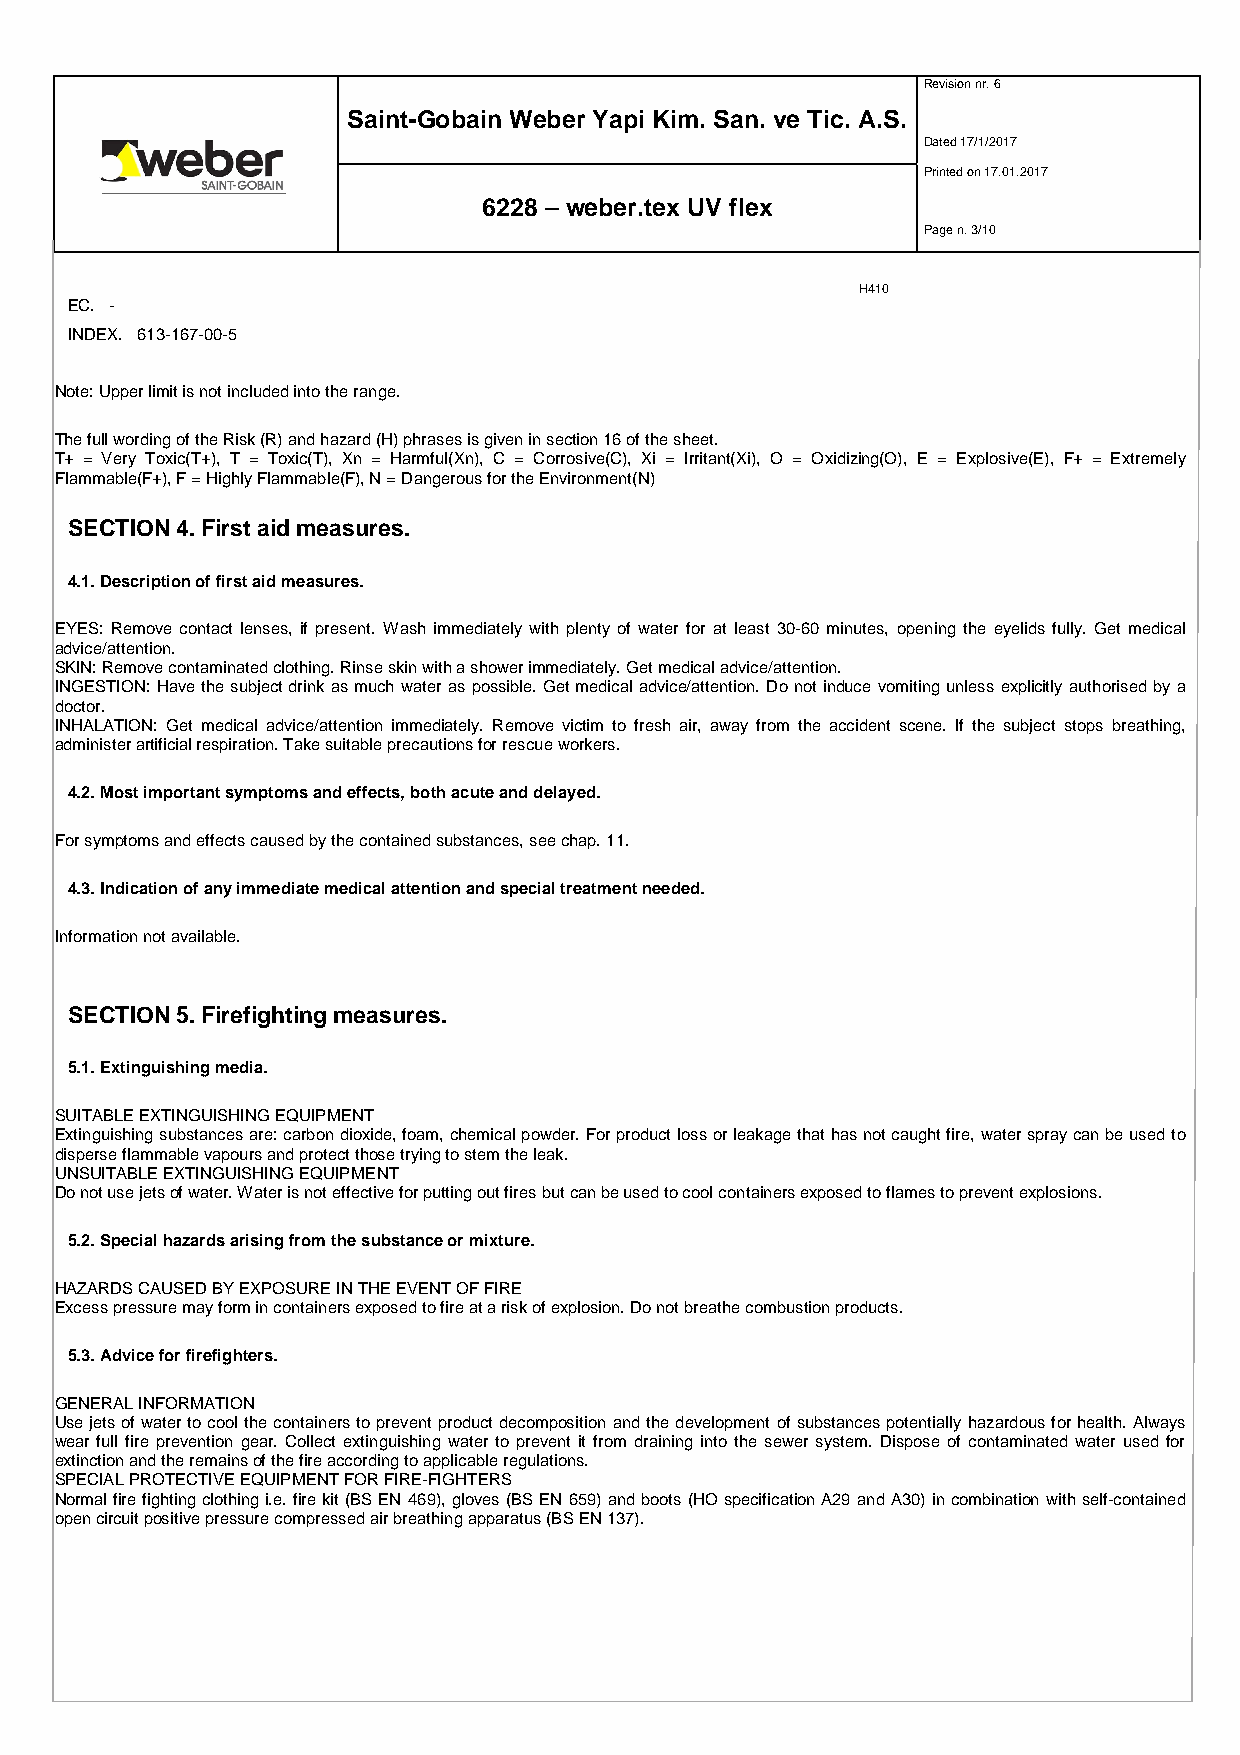
Revision nr. 6
 Saint-Gobain Weber Yapi Kim. San. ve Tic. A.S.
 Dated 17/1/2017
 Printed on 17.01.2017
 6228 – weber.tex UV flex
 Page n. 3/10
 H410
 EC. -
 INDEX. 613-167-00-5
 Note: Upper limit is not included into the range.
 The full wording of the Risk (R) and hazard (H) phrases is given in section 16 of the sheet.
 T+ = Very Toxic(T+), T = Toxic(T), Xn = Harmful(Xn), C = Corrosive(C), Xi = Irritant(Xi), O = Oxidizing(O), E = Explosive(E), F+ = Extremely
 Flammable(F+), F = Highly Flammable(F), N = Dangerous for the Environment(N)
 SECTION 4. First aid measures.
 4.1. Description of first aid measures.
 EYES: Remove contact lenses, if present. Wash immediately with plenty of water for at least 30-60 minutes, opening the eyelids fully. Get medical
 advice/attention.
 SKIN: Remove contaminated clothing. Rinse skin with a shower immediately. Get medical advice/attention.
 INGESTION: Have the subject drink as much water as possible. Get medical advice/attention. Do not induce vomiting unless explicitly authorised by a
 doctor.
 INHALATION: Get medical advice/attention immediately. Remove victim to fresh air, away from the accident scene. If the subject stops breathing,
 administer artificial respiration. Take suitable precautions for rescue workers.
 4.2. Most important symptoms and effects, both acute and delayed.
 For symptoms and effects caused by the contained substances, see chap. 11.
 4.3. Indication of any immediate medical attention and special treatment needed.
 Information not available.
 SECTION 5. Firefighting measures.
 5.1. Extinguishing media.
 SUITABLE EXTINGUISHING EQUIPMENT
 Extinguishing substances are: carbon dioxide, foam, chemical powder. For product loss or leakage that has not caught fire, water spray can be used to
 disperse flammable vapours and protect those trying to stem the leak.
 UNSUITABLE EXTINGUISHING EQUIPMENT
 Do not use jets of water. Water is not effective for putting out fires but can be used to cool containers exposed to flames to prevent explosions.
 5.2. Special hazards arising from the substance or mixture.
 HAZARDS CAUSED BY EXPOSURE IN THE EVENT OF FIRE
 Excess pressure may form in containers exposed to fire at a risk of explosion. Do not breathe combustion products.
 5.3. Advice for firefighters.
 GENERAL INFORMATION
 Use jets of water to cool the containers to prevent product decomposition and the development of substances potentially hazardous for health. Always
 wear full fire prevention gear. Collect extinguishing water to prevent it from draining into the sewer system. Dispose of contaminated water used for
 extinction and the remains of the fire according to applicable regulations.
 SPECIAL PROTECTIVE EQUIPMENT FOR FIRE-FIGHTERS
 Normal fire fighting clothing i.e. fire kit (BS EN 469), gloves (BS EN 659) and boots (HO specification A29 and A30) in combination with self-contained
 open circuit positive pressure compressed air breathing apparatus (BS EN 137).